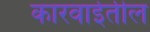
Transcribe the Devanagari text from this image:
कारवाईतील